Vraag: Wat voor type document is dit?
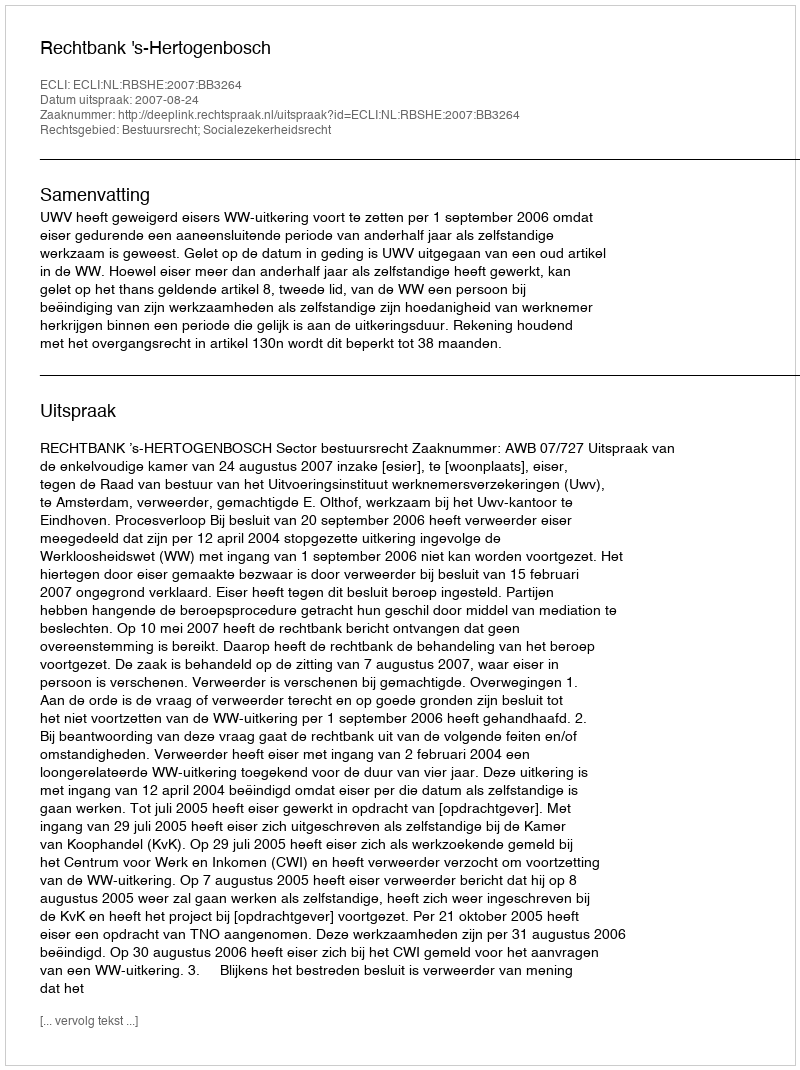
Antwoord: Uitspraak